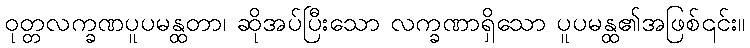
ဝုတ္တလက္ခဏပူပမန္ထတာ၊ ဆိုအပ်ပြီးသော လက္ခဏာရှိသော ပူပမန္ထ၏အဖြစ်၎င်း။